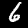
Digit: 6